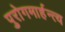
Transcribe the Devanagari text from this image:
पुरोगमार्हन्त्य